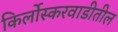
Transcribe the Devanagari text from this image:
किर्लोस्करवाडीतील